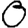
Digit: 0